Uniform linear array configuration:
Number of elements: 8
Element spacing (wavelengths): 0.25
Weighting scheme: exponential
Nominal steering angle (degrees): -30
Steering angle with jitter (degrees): -29.625
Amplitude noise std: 0.05
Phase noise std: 0.05

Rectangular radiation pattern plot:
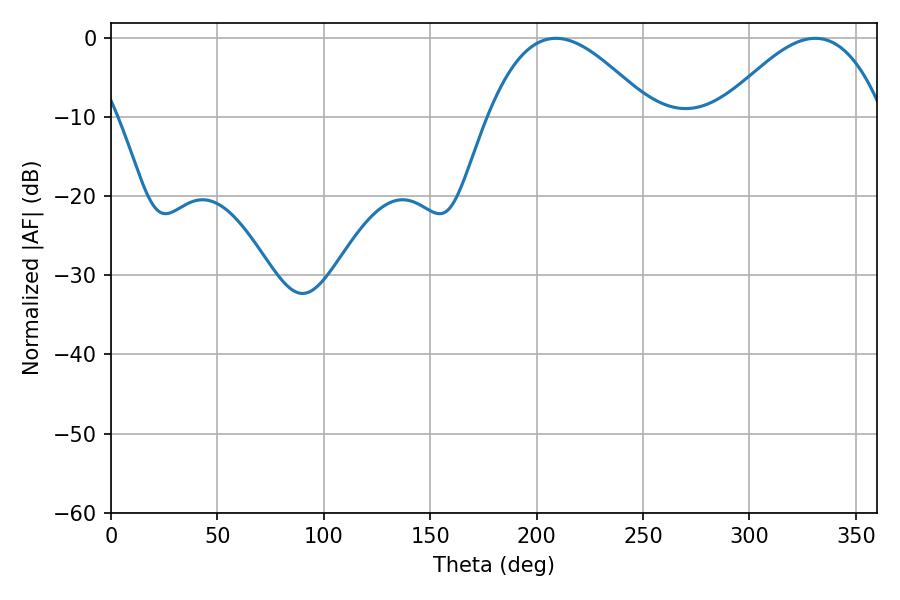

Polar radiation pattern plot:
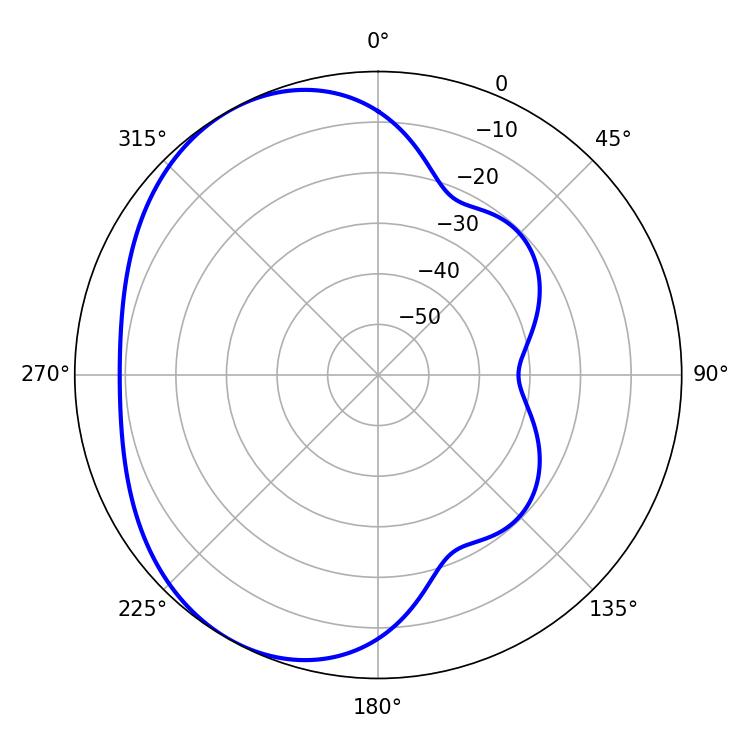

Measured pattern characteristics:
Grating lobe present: FALSE
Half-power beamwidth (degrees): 41.76
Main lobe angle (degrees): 208.98